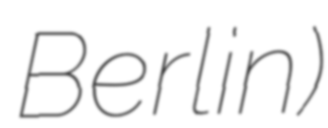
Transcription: Berlin)